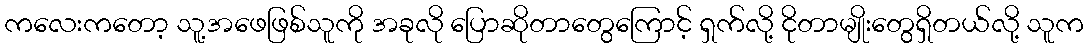
ကလေးကတော့ သူ့အဖေဖြစ်သူကို အခုလို ပြောဆိုတာတွေကြောင့် ရှက်လို့ ငိုတာမျိုးတွေရှိတယ်လို့ သူက